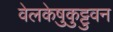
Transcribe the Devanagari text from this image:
वेलकेष़ुकुट्टुवन